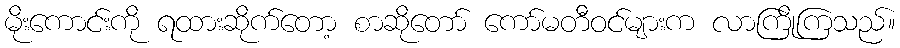
မိုးကောင်းကို ရထားဆိုက်တော့ စာဆိုတော် ကော်မတီဝင်များက လာကြိုကြသည်။